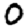
Digit: 0